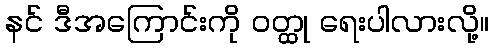
နင် ဒီအကြောင်းကို ဝတ္ထု ရေးပါလားလို့။